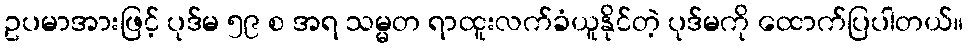
ဥပမာအားဖြင့် ပုဒ်မ ၅၉ စ အရ သမ္မတ ရာထူးလက်ခံယူနိုင်တဲ့ ပုဒ်မကို ထောက်ပြပါတယ်။